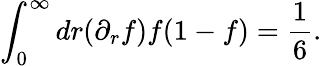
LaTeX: \int_{0}^{\infty}dr(\partial_{r}f)f(1-f)=\frac{1}{6}.